Civil Veterinary Department Bengal reports 1933-51 - 1933-1951
Year: 1933
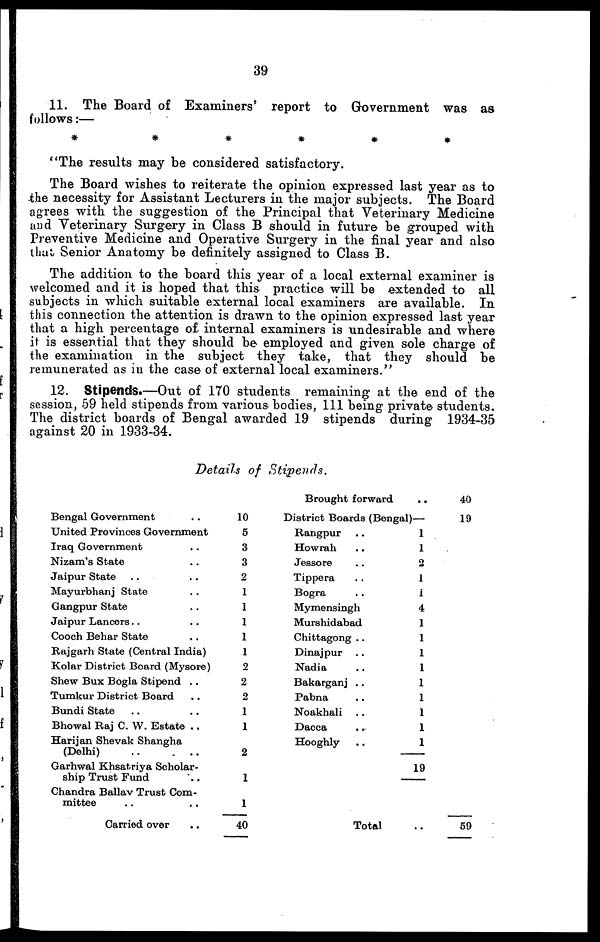
39
11. The Board of Examiners' report to Government was as
follows:—
* * * * * *
"The results may be considered satisfactory.
The Board wishes to reiterate the opinion expressed last year as to
the necessity for Assistant Lecturers in the major subjects. The Board
agrees with the suggestion of the Principal that Veterinary Medicine
and Veterinary Surgery in Class B should in future be grouped with
Preventive Medicine and Operative Surgery in the final year and also
that Senior Anatomy be definitely assigned to Class B.
The addition to the board this year of a local external examiner is
welcomed and it is hoped that this practice will be extended to all
subjects in which suitable external local examiners are available. In
this connection the attention is drawn to the opinion expressed last year
that a high percentage of internal examiners is undesirable and where
it is essential that they should be employed and given sole charge of
the examination in the subject they take, that they should be
remunerated as in the case of external local examiners."
12. Stipends.—Out of 170 students remaining at the end of the
session, 59 held stipends from various bodies, 111 being private students.
The district boards of Bengal awarded 19 stipends during 1934-35
against 20 in 1933-34.
Details of Stipends.
Bengal Government ..
United Provinces Government
Iraq Government..
Nizam's State..
Jaipur State..
Mayurbhanj State ..
Gangpur State ..
Jaipur Lancers .. ..
Cooch Behar State ..
Rajgarh State (Central India)
Kolar District Board (Mysore)
Shew Bux Bogla Stipend ..
Tumkur District Board ..
Bundi State .. ..
Bhowal Raj C. W. Estate ..
Harijan Shevak Shangha
(Delhi) .. ..
Garhwal Khsatriya Scholar-
ship Trust Fund
Chandra Ballav Trust Com-
mittee .. ..
Carried over..
10
5
3
3
2
1
1
1
1
1
2
2
2
1
1
2
1
1
40
Brought forward..
District Boards (Bengal)—
Rangpur ..
Howrah ..
Jessore ..
Tippera ..
Bogra ..
Mymensingh..
Murshidabad..
Chittagong ..
Dinajpur ..
Nadia ..
Bakarganj ..
Pabna ..
Noakhali ..
Dacca..
Hooghly ..
Total
1
1
2
1
1
4
1
1
1
1
1
1
1
1
1
19
..
40
19
59